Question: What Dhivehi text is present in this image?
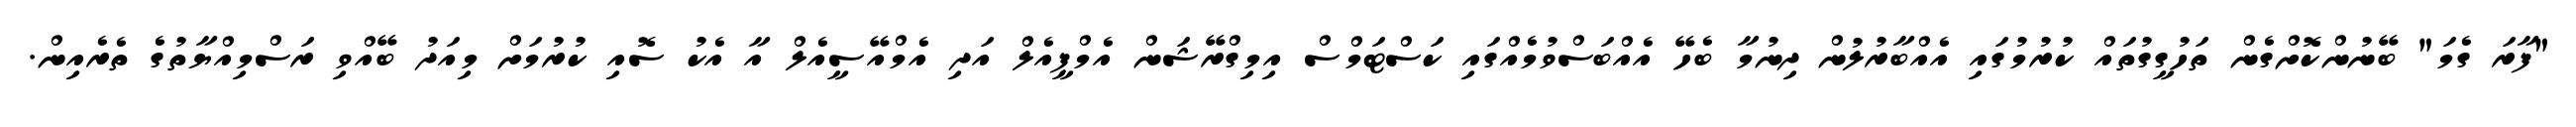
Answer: "ފާރަ ގެމަ" ބޭނުންކޮށްގެން ތަހުގީގުތައް ކުރުމުގައި އެއްބާރުލުން ދިނުމާ ބެހޭ އެއްބަސްވުމެއްގައި ކަސްޓަމްސް އިމިގްރޭޝަން އެމްޕީއެލް އަދި އެމްއޭސީއެލް އާ އެކު ސޮއި ކުރުމަށް މިއަދު ބޭއްވި ރަސްމިއްޔާތުގެ ތެރެއިން.